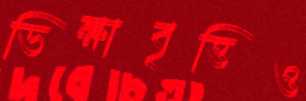
ভিক্ষাবৃত্তিও